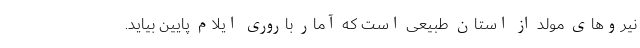
نیروهای مولد از استان طبیعی است که آمار باروری ایلام پایین بیاید.